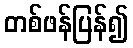
တစ်ဖန်ပြန်၍